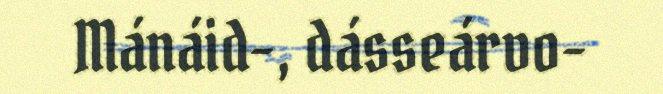
Mánáid-, dásseárvo-